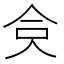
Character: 𠈏